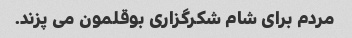
مردم برای شام شکرگزاری بوقلمون می پزند.